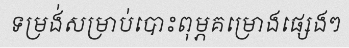
ទម្រង់សម្រាប់បោះពុម្ភគម្រោងផ្សេងៗ